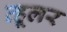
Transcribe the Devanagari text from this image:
व्हूलर